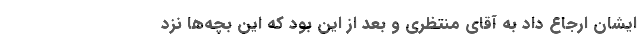
ایشان ارجاع داد به آقای منتظری و بعد از این بود که این بچه‌ها نزد